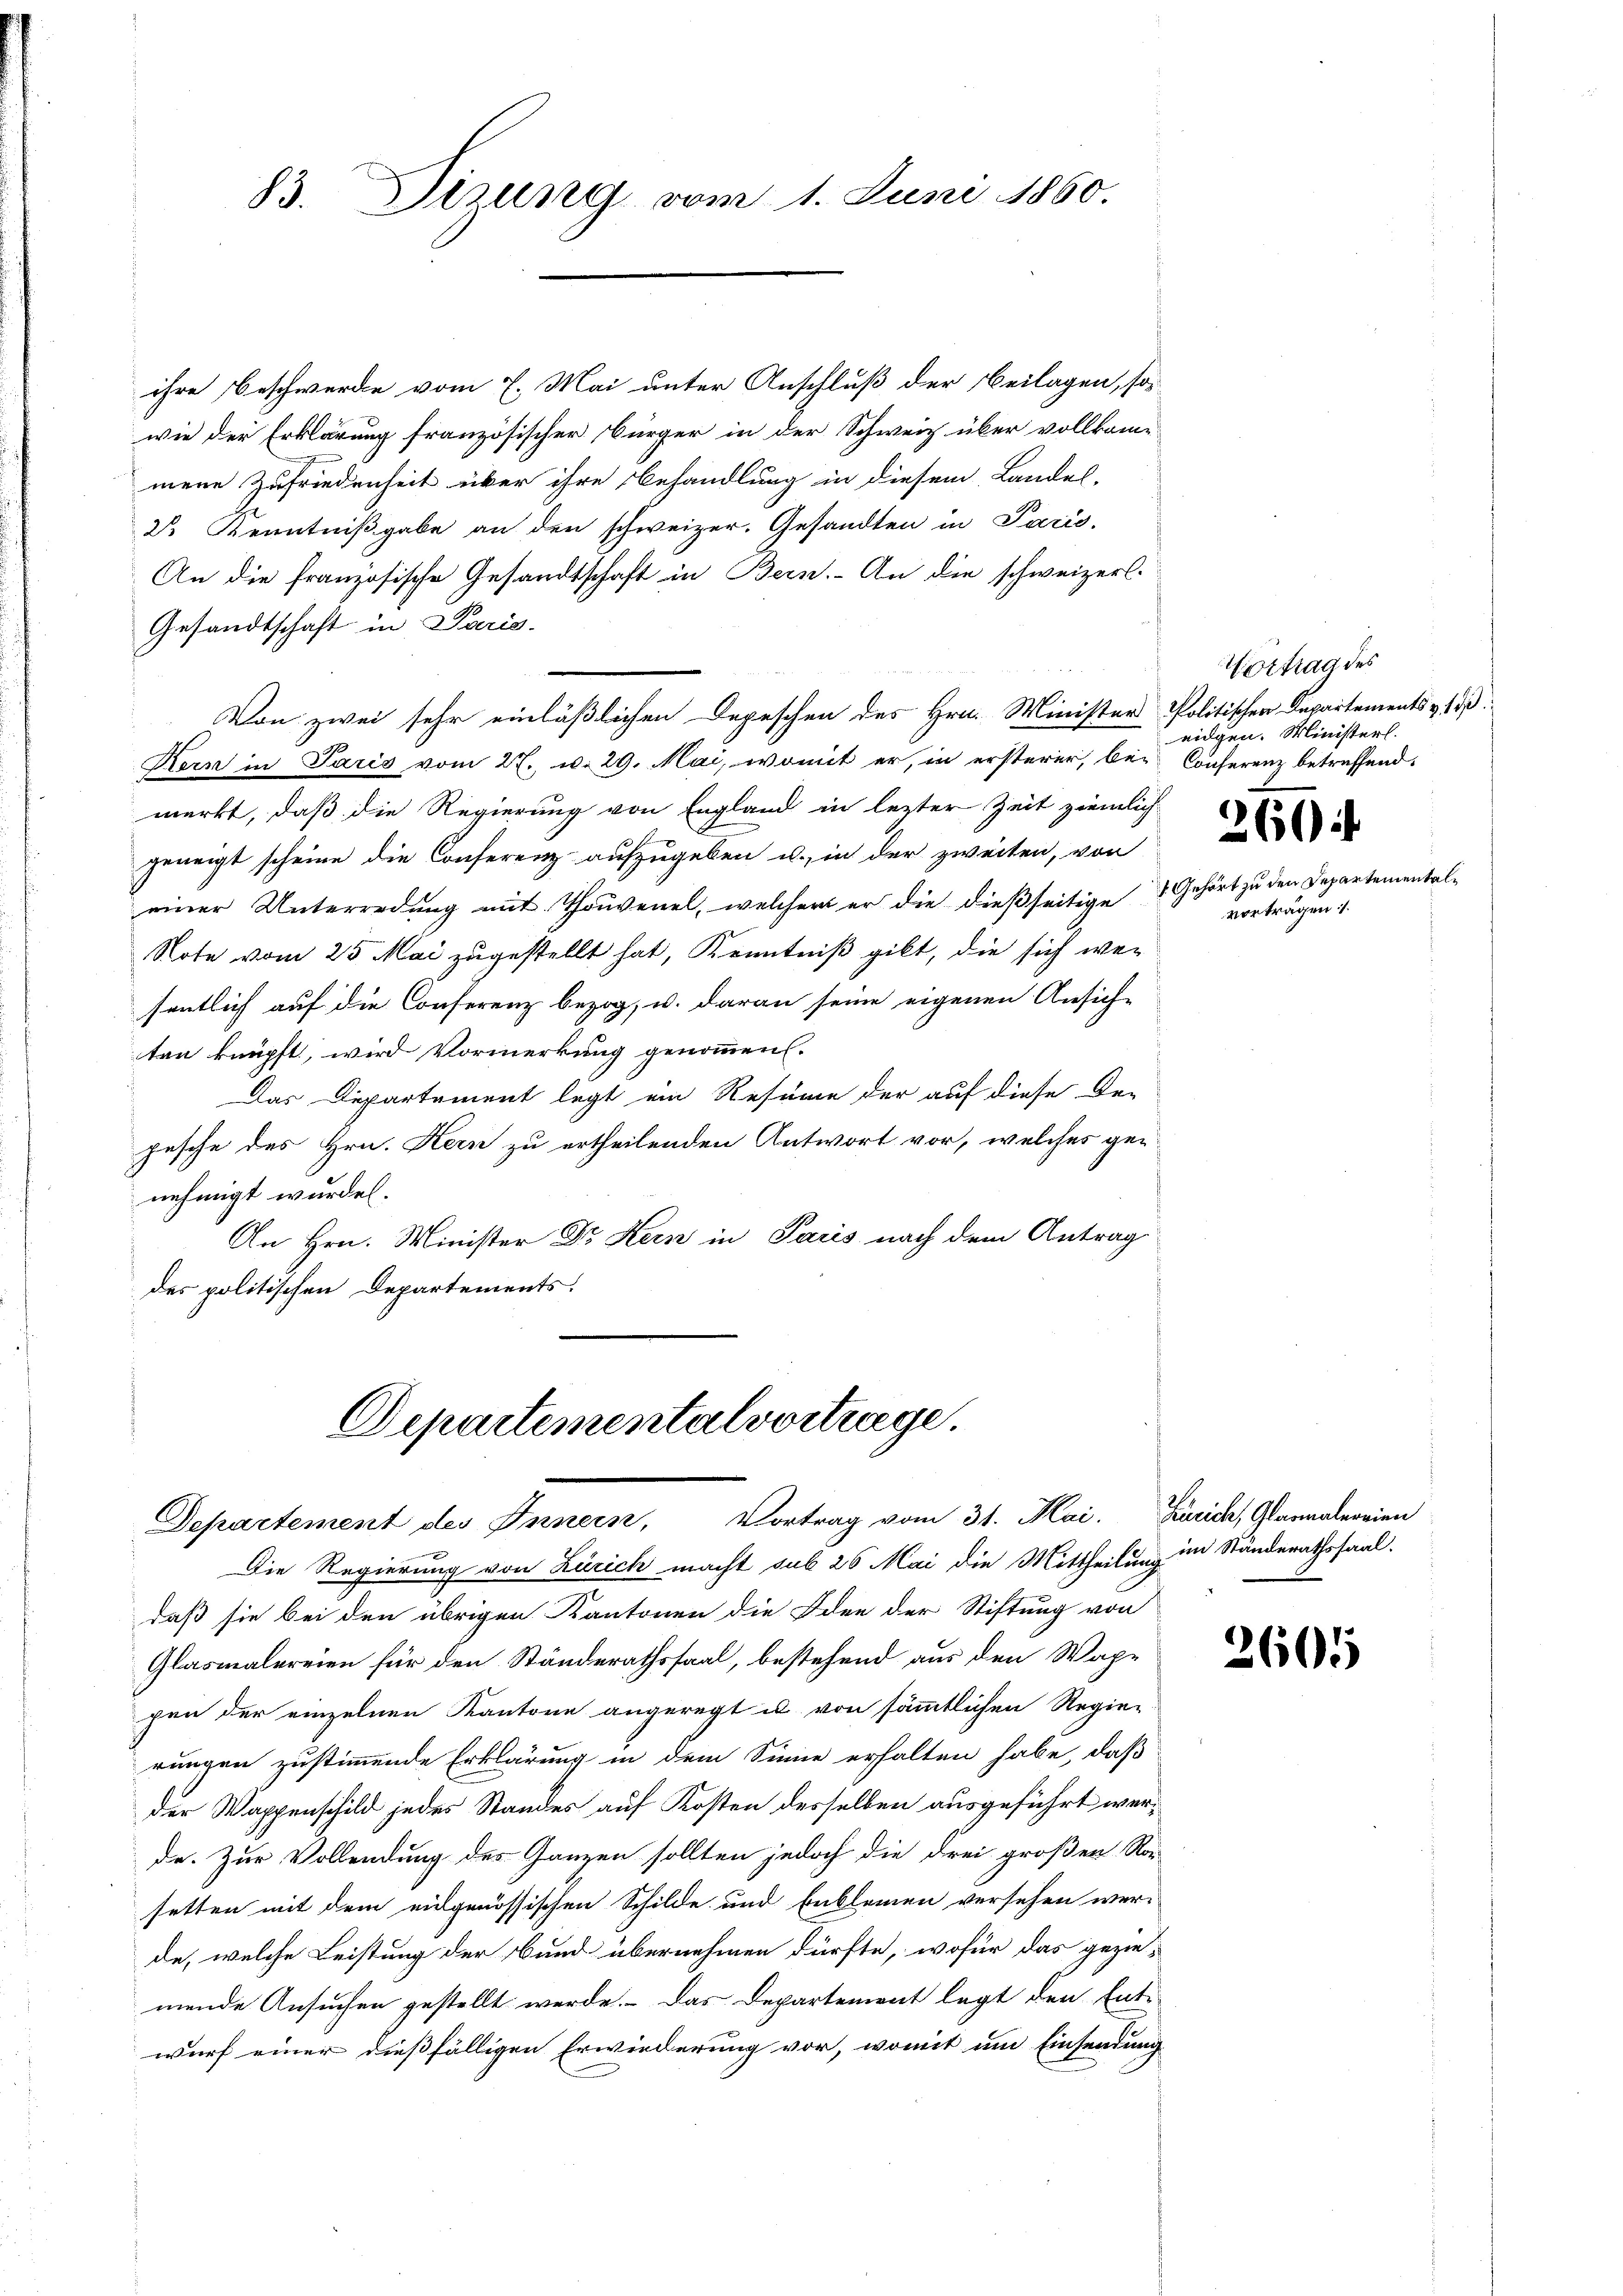
83. Dizung vom 1. Juni 1860.

ihre Beschwerde vom 7. Mai unter Anschluß der Beilagen, so-
wie der Erklärung französischer Bürger in der Schweiz über vollkom-
mene Zufriedenheit über ihre Behandlung in diesem Landes-
Dr Kenntniβgabe an den schweizer. Gesandten in Paris,
An die französische Gesandtschaft in Bern. An die schweizerl.
Gesandtschaft in Paris.
Von zwei sehr einläßlichen Depeschen des Hrn. Minister
Kern in Paris vom 27. v. 29. Mai, womit er, in ersterer, bei Conferenz betreffend
merkt, daß die Regierung von England in lezter Zeit ziemlich
geneigt scheine die Conferenz aufzugeben u. in der zweiten, von
einer Unterredung mit Thouvenel, welcher er die dießseitige
Note vom 25. Mai zugestellt hat, Kenntniß gibt, die sich wesentlich auf die Conferenz bezog, u. daran seine eigenen Ansiche
ten knüpft, wird Vormerkung genommen.
Das Departement legt ein Resume der auf diese De-
pesche des Hrn. Kern zu ertheilenden Antwort vor, welches ge-
nehmigt wurden.
An Hrn. Minister Dr Kern in Paris nach dem Antrag
des politischen Departements.

Departementalvortrage.
Departement des Innern, Vortrag vom 31. Mai. Zürich, Glannalereien

Die Regierung von Zürich macht sub 26 Mai die Mittheilung im Ständerathssaal-
daß sie bei den übrigen Kantonen die Idee der Stiftung von
Glasmalereien für den Ständerathssaal, bestehend aus den Wappen der einzelnen Kantone angeregt u von sämmtlichen Regie-
rungen zustimmende Erklärung in dem Sinne erhalten habe, daß
der Wappenschild jedes Standes auf Kosten desselben ausgeführt werde. Zur Vollendung des Ganzen sollten jedoch die drei großen Ror-
setten mit dem eidgenössischen Schilde und Enblemen versehen wer-
de, welche Leistung der Bund übernehmen dürfte, wofür das gezie-
mende Ansuchen gestellt werde. Das Departemont legt den Ent-
wurf einer dießfälligen Erwiederung vor, womit um Einsendung

Vortrag des
Politischen Departements v. 18
eidgen. Ministerl.

.
260.
7. Gehört zu den Depa

vortragen 1.

2605